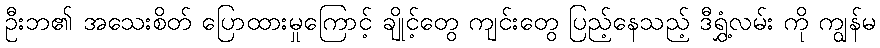
ဦးဘ၏ အသေးစိတ် ပြောထားမှုကြောင့် ချိုင့်တွေ ကျင်းတွေ ပြည့်နေသည့် ဒီရွှံ့လမ်း ကို ကျွန်မ